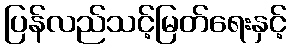
ပြန်လည်သင့်မြတ်ရေးနှင့်